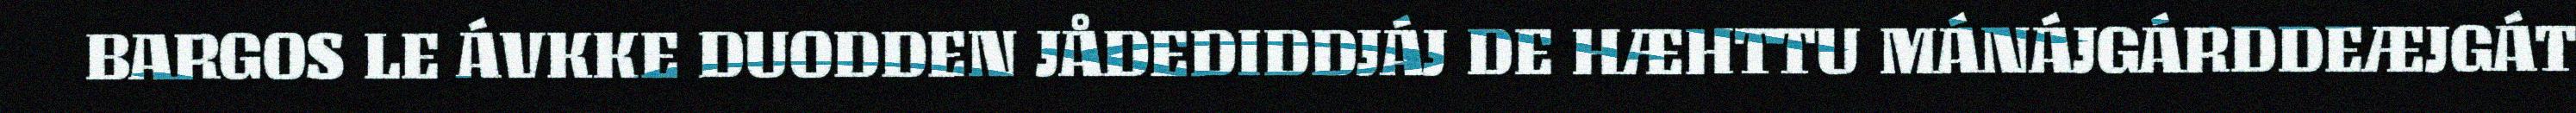
BARGOS LE ÁVKKE DUODDEN JÅDEDIDDJÁJ DE HÆHTTU MÁNÁJGÁRDDEÆJGÁT